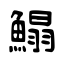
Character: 鰨